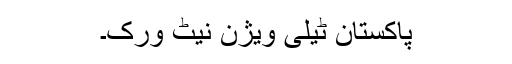
پاکستان ٹیلی ویژن نیٹ ورک۔